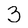
Character: 3